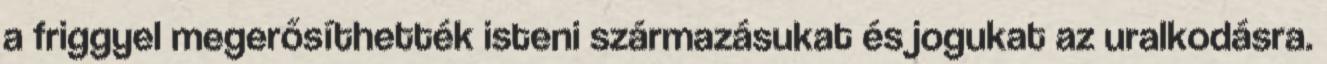
a friggyel megerősíthették isteni származásukat és jogukat az uralkodásra.